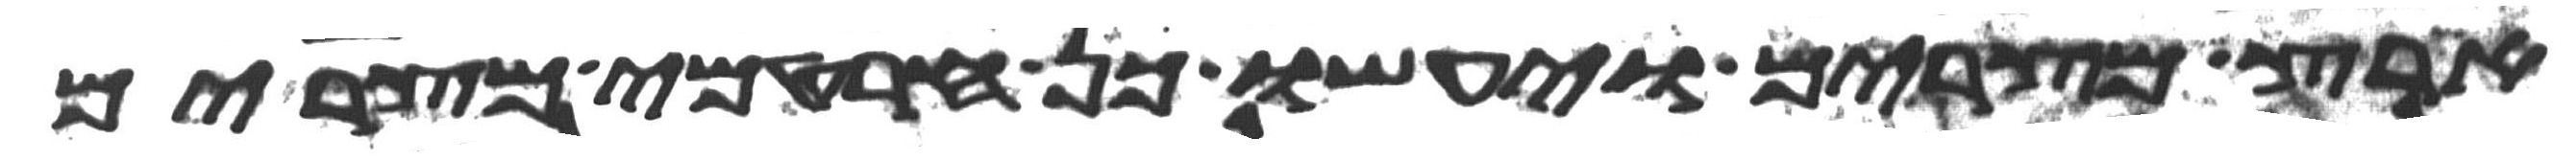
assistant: ארץ מצרים ויעשו כן חרטמי מצרים